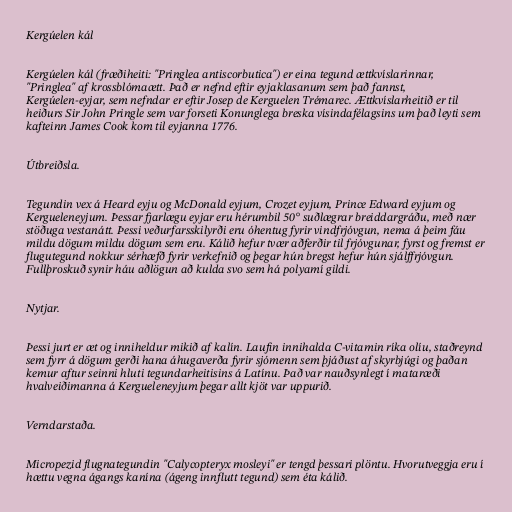
Kergúelen kál

Kergúelen kál (fræðiheiti: "Pringlea antiscorbutica") er eina tegund ættkvíslarinnar,
"Pringlea" af krossblómaætt. Það er nefnd eftir eyjaklasanum sem það fannst,
Kergúelen-eyjar, sem nefndar er eftir Josep de Kerguelen Trémarec. Ættkvíslarheitið er til
heiðurs Sir John Pringle sem var forseti Konunglega breska vísindafélagsins um það leyti sem
kafteinn James Cook kom til eyjanna 1776.

Útbreiðsla.

Tegundin vex á Heard eyju og McDonald eyjum, Crozet eyjum, Prince Edward eyjum og
Kergueleneyjum. Þessar fjarlægu eyjar eru hérumbil 50° suðlægrar breiddargráðu, með nær
stöðuga vestanátt. Þessi veðurfarsskilyrði eru óhentug fyrir vindfrjóvgun, nema á þeim fáu
mildu dögum mildu dögum sem eru. Kálið hefur tvær aðferðir til frjóvgunar, fyrst og fremst er
flugutegund nokkur sérhæfð fyrir verkefnið og þegar hún bregst hefur hún sjálffrjóvgun.
Fullþroskuð synir háu aðlögun að kulda svo sem há polyamí gildi.

Nytjar.

Þessi jurt er æt og inniheldur mikið af kalín. Laufin innihalda C-vitamin ríka olíu, staðreynd
sem fyrr á dögum gerði hana áhugaverða fyrir sjómenn sem þjáðust af skyrbjúgi og þaðan
kemur aftur seinni hluti tegundarheitisins á Latínu. Það var nauðsynlegt í mataræði
hvalveiðimanna á Kergueleneyjum þegar allt kjöt var uppurið.

Verndarstaða.

Micropezid flugnategundin "Calycopteryx mosleyi" er tengd þessari plöntu. Hvorutveggja eru í
hættu vegna ágangs kanína (ágeng innflutt tegund) sem éta kálið.